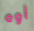
أوه